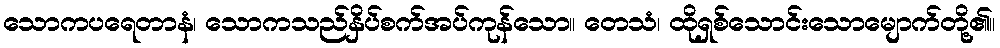
သောကပရေတာနံ၊ သောကသည်နှိပ်စက်အပ်ကုန်သော။ တေသံ၊ ထိုရှစ်သောင်းသောမျောက်တို့၏။